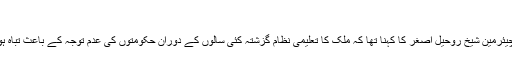
‘‘
قومی اسمبلی کی قائمہ کمیٹی برائے تعلیم و تربیت کے چیئرمین شیخ روحیل اصغر کا کہنا تھا کہ ملک کا تعلیمی نظام گزشتہ کئی سالوں کے دوران حکومتوں کی عدم توجہ کے باعث تباہ ہوا ہے اس لیے اس میں بہتری کے لیے وقت درکار ہوگا۔